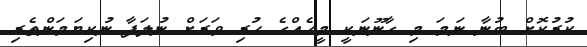
ކުރުކޮށް ބުނާ ނަމަ މި ގާނޫނަކީ މީހެއްގެ ހުރި ވަރަށް ނުލަފާ ނުކިޔަމަންތެރި